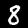
Label: 8